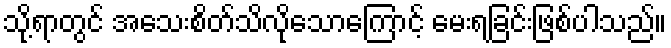
သို့ရာတွင် အသေးစိတ်သိလိုသောကြောင့် မေးရခြင်းဖြစ်ပါသည်။